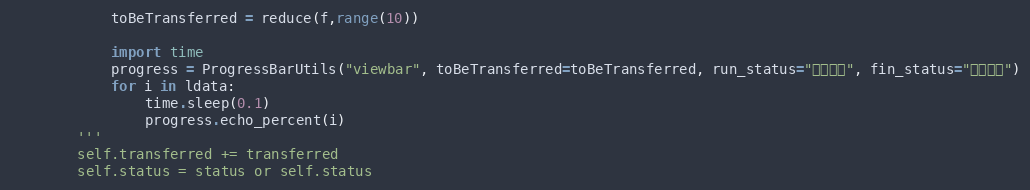
Language: Python
            toBeTransferred = reduce(f,range(10))

            import time
            progress = ProgressBarUtils("viewbar", toBeTransferred=toBeTransferred, run_status="正在下载", fin_status="下载完成")
            for i in ldata:
                time.sleep(0.1)
                progress.echo_percent(i)
        '''
        self.transferred += transferred
        self.status = status or self.status